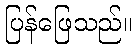
ပြန်ဖြေသည်။